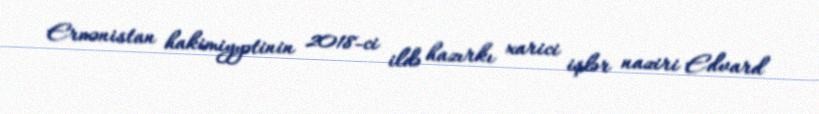
Ermənistan hakimiyyətinin 2018-ci ildə hazırkı xarici işlər naziri Edvard